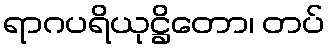
ရာဂပရိယုဋ္ဌိတော၊ တပ်